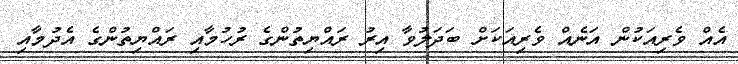
އެއް ވެރިއަކުން އަނެއް ވެރިއަކަށް ބަދަލުވާ އިރު ރައްޔިތުންގެ ރުހުމާއި ރައްޔިތުންގެ އެދުމާއި